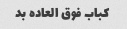
کباب فوق العاده بد